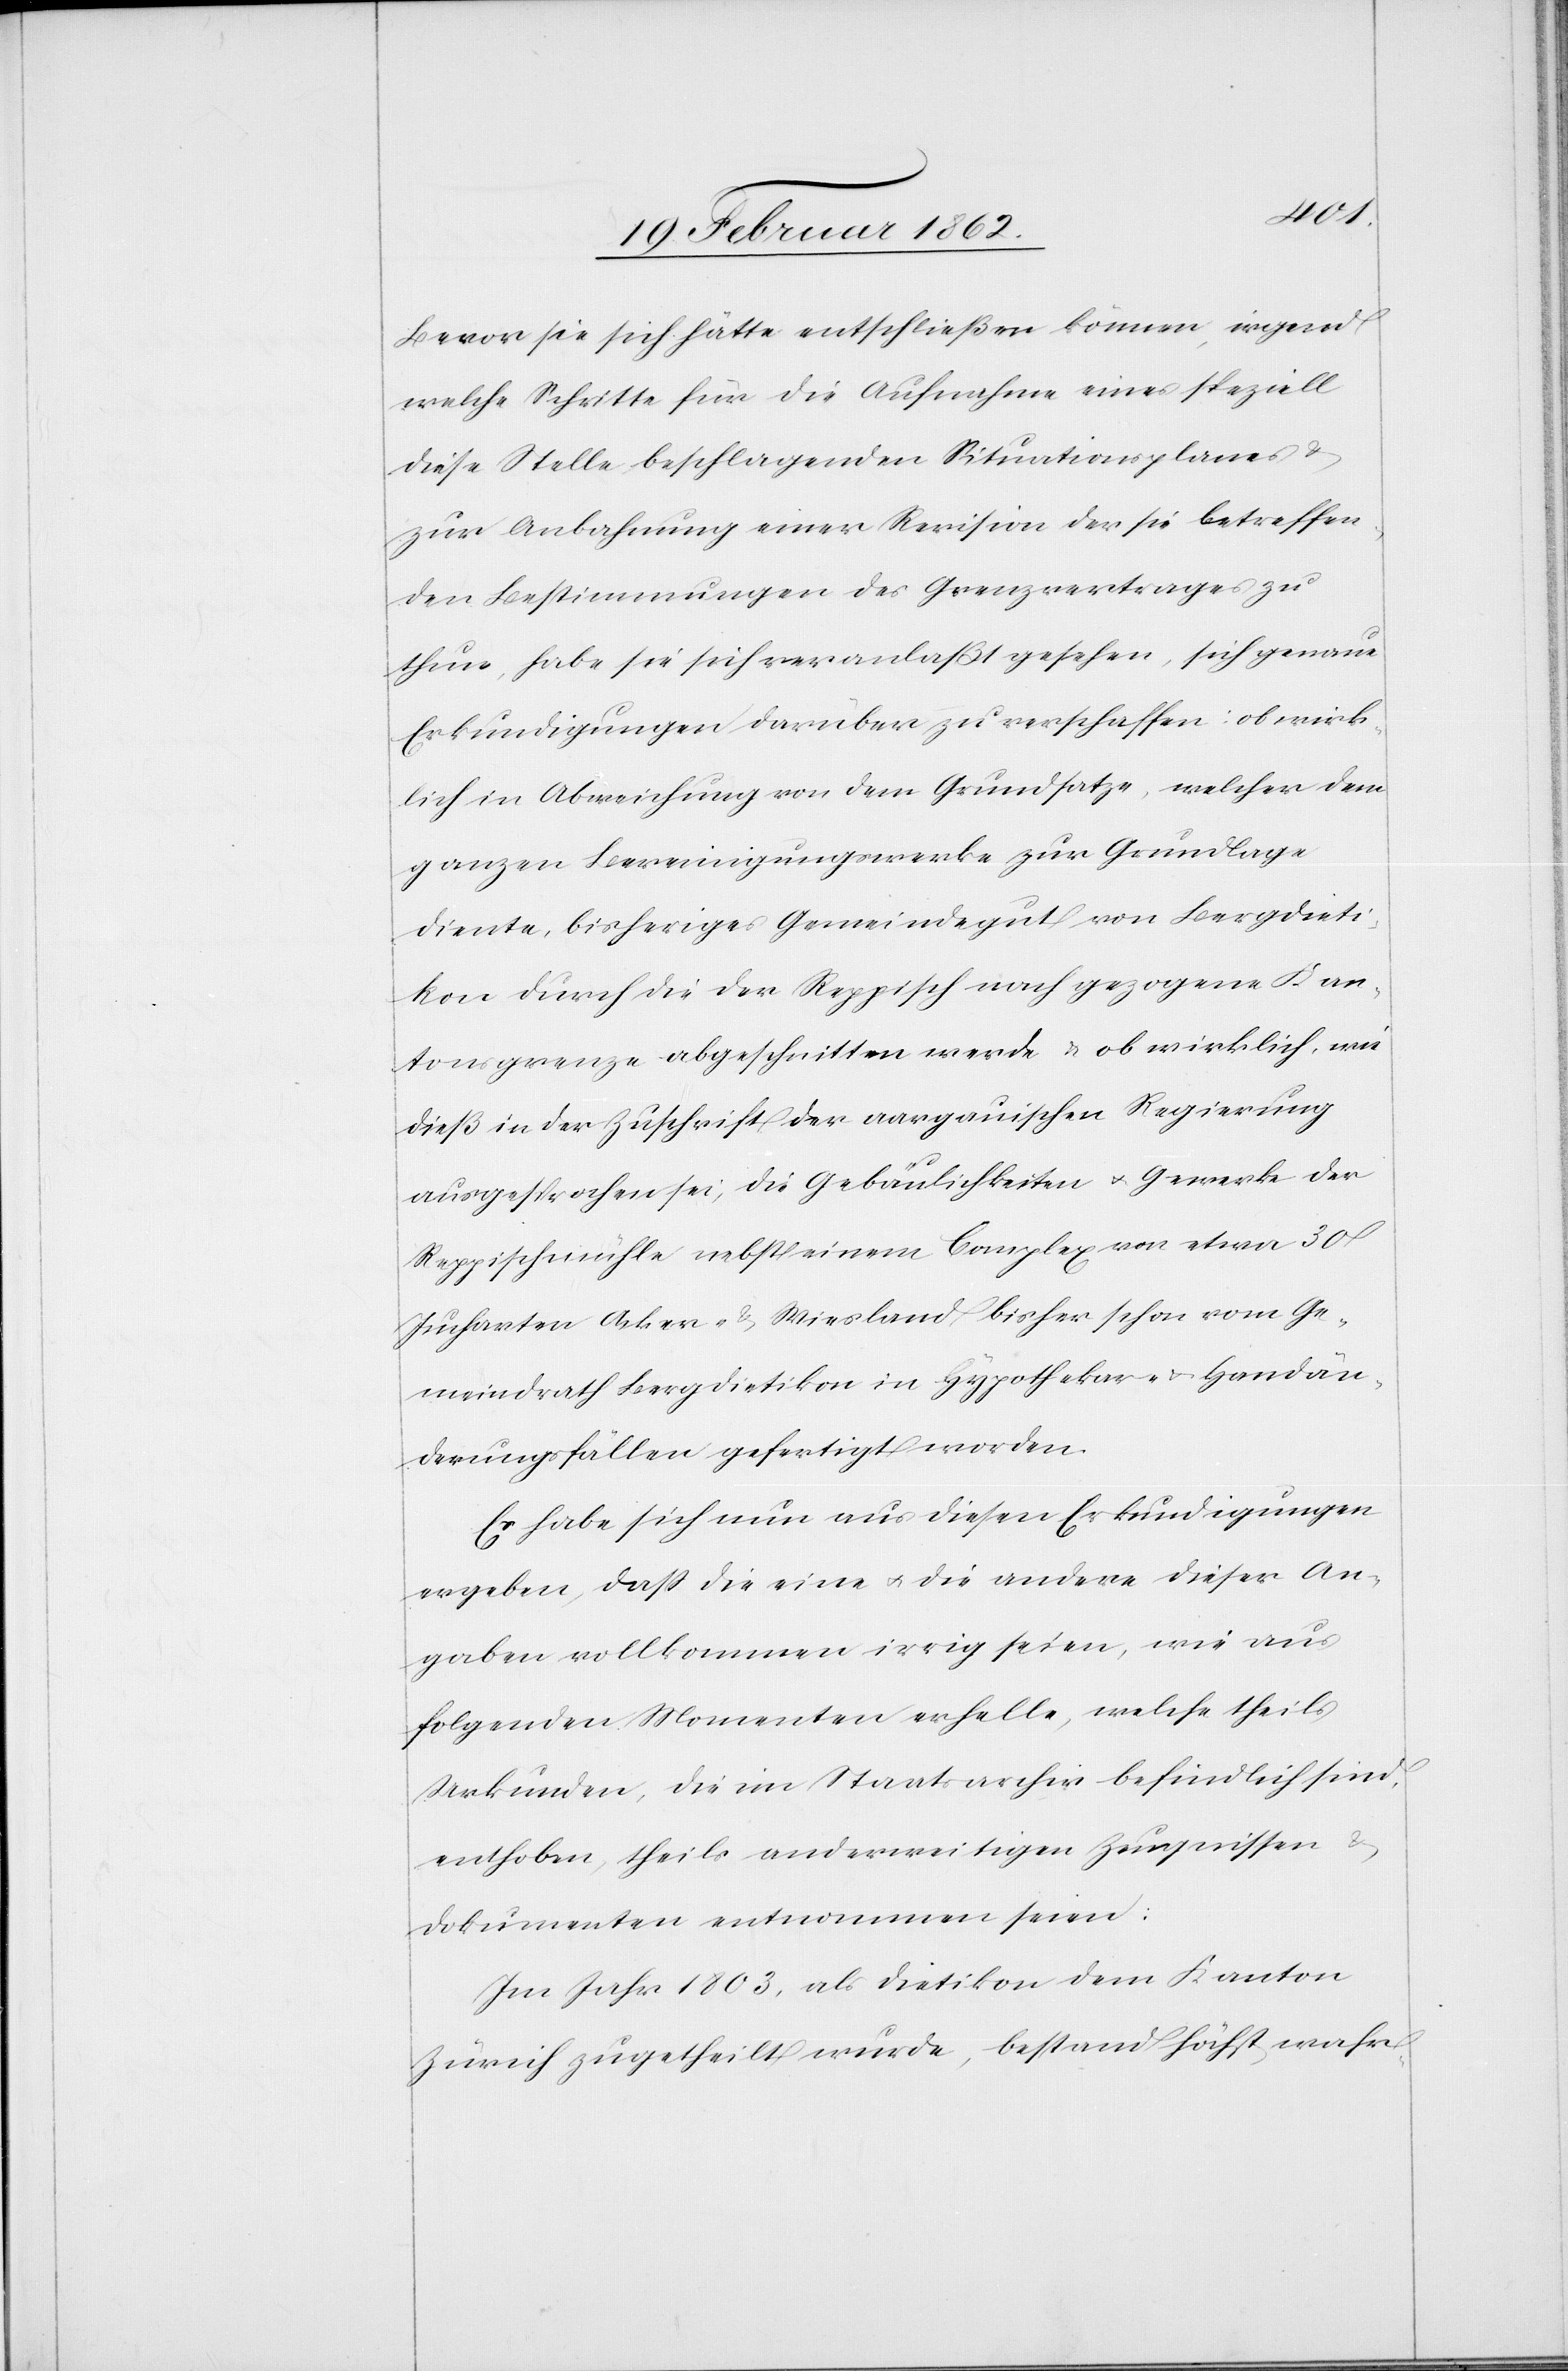
Bevor sie sich hätte entschließen können, irgend
welche Schritte für die Aufnahme eines speziell
diese Stelle beschlagenden Situationsplanes &
zur Anbahnung einer Revision der sie betreffen¬
den Bestimmungen des Grenzvertrages zu
thun, habe sie sich veranlaßt gesehen, sich genaue
Erkundigungen darüber zu verschaffen: ob wirk¬
lich in Abweichung von dem Grundsatze, welcher dem
ganzen Bereinigungswerke zur Grundlage
diente, bisheriges Gemeindegut von Bergdieti¬
kon durch die der Reppisch nach gezogene Kan¬
tonsgrenze abgeschnitten werde & ob wirklich, wie
dieß in der Zuschrift der aargauischen Regierung
ausgesprochen sei, die Gebäulichkeiten u. Gewerke der
Reppischmühle nebst einem Compex von etwa 30
Jucharten Acker- & Wiesland bisher schon vom Ge¬
meindrath Bergdietikon in Hypothekar- u. Handän¬
derungsfällen gefertigt worden.
Es habe sich nun aus diesen Erkundigungen
ergeben, daß die eine u. die andere dieser An¬
gaben vollkommen irrig seien, wie aus
folgenden Momenten erhelle, welche theils
Urkunden, die im Staatsarchiv befindlich sind,
enthoben, theils anderweitigen Zeugnissen
Dokumenten entnommen seien:
Im Jahr 1803, als Dietikon dem Kanton
Zürich zugetheilt wurde, bestand höchst wahr-